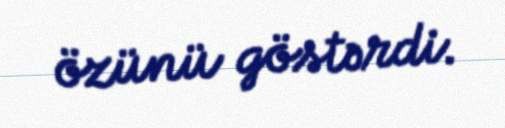
özünü göstərdi.